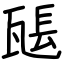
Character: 𤭖